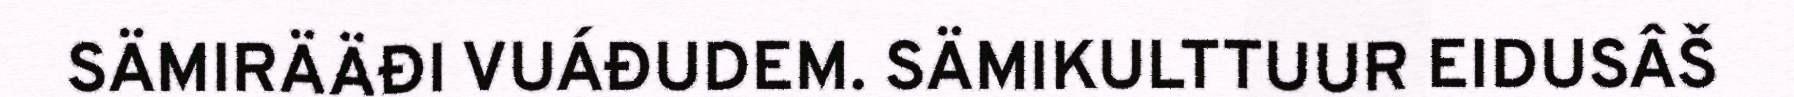
SÄMIRÄÄĐI VUÁĐUDEM. SÄMIKULTTUUR EIDUSÂŠ